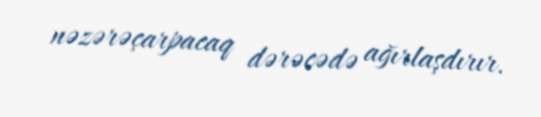
nəzərəçarpacaq dərəcədə ağırlaşdırır.